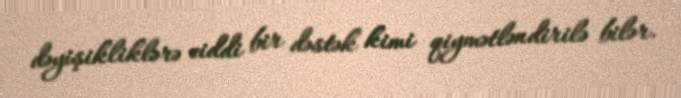
dəyişikliklərə ciddi bir dəstək kimi qiymətləndirilə bilər.